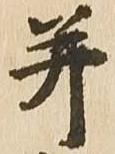
并